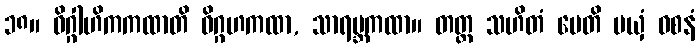
၁၈။ ဝိဂ္ဂါဟိကကထာတိ ဝိဂ္ဂဟကထာ, သာရမ္ဘကထာ။ တတ္ထ သဟိတံ မေတိ မယှံ ဝစနံ